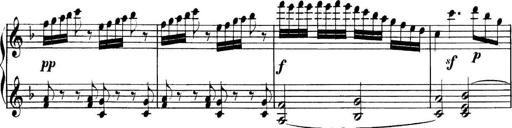
Title: Collected Piano Sonatas
Composer: Muzio Clementi